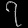
Digit: ၇